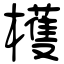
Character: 檴